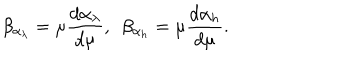
\beta _ { \alpha _ { \lambda } } = \mu \frac { d \alpha _ { \lambda } } { d \mu } , ~ ~ \beta _ { \alpha _ { h } } = \mu \frac { d \alpha _ { h } } { d \mu } .